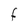
Character: F